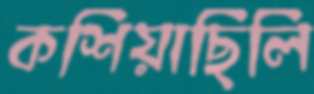
কশিয়াছিলি